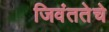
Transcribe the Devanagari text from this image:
जिवंततेचे